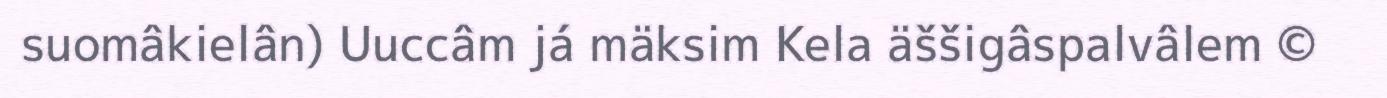
suomâkielân) Uuccâm já mäksim Kela äššigâspalvâlem ©